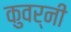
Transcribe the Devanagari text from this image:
कुवर्नी